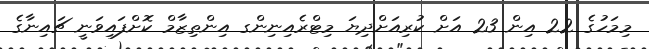
މިމަހުގެ 22 އިން 23 އަށް ކުރިއަށްދިޔަ މިޓްރެއިނިންގ އިންތިޒާމް ކޮށްފައިވަނީ ޗައިނާގެ